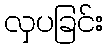
လှပခြင်း